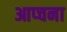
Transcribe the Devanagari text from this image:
आप्चना